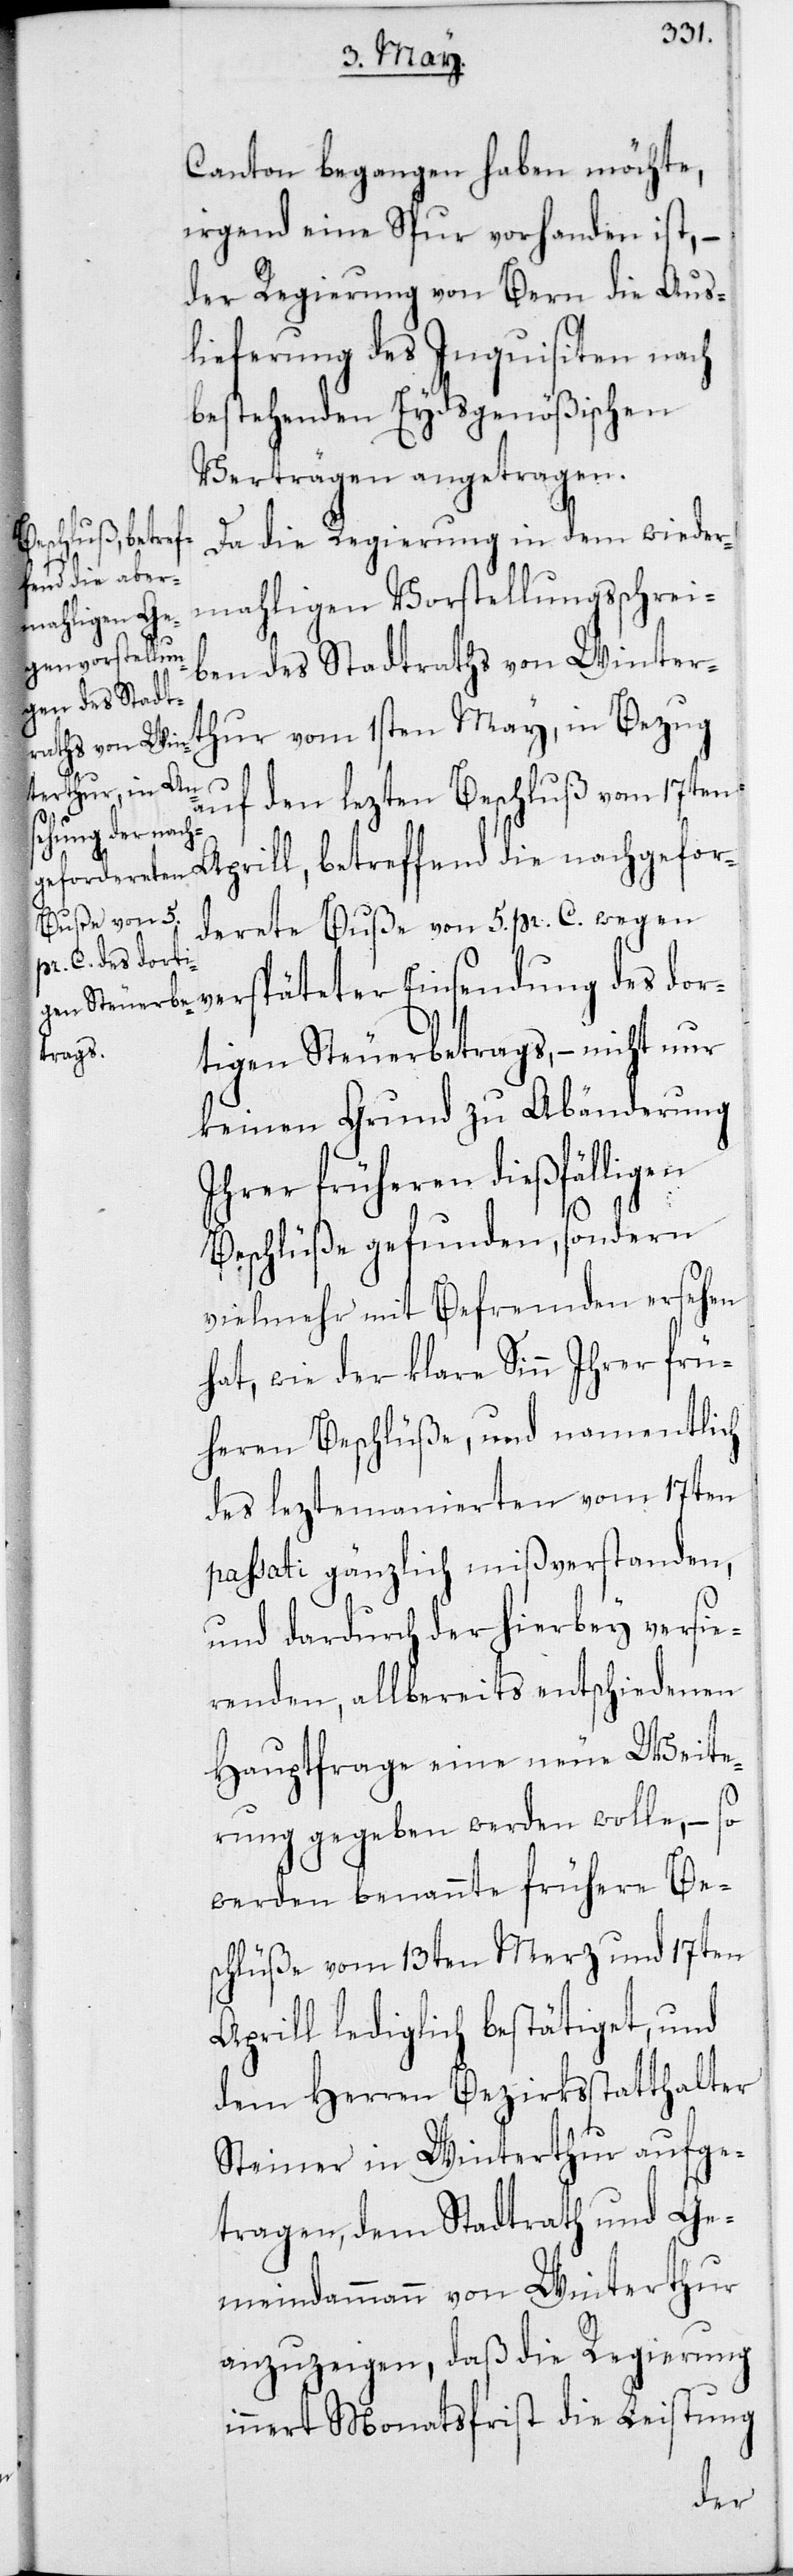
Canton begangen haben möchte,
irgend eine Spur vorhanden ist,
der Regierung von Bern die Aus¬
lieferung des Inquisiten nach
bestehenden Eydsgenößischen
Verträgen angetragen.
die nachgefor¬
Da die Regierung in dem wieder¬
mahligen Vorstellungsschrei¬
ben des Stadtraths von Winter¬
thur vom 1sten May, in Bezug
auf den lezten Beschluß vom 17ten
derete Buße von 5. pr. C. wegen
verspäteter Einsendung des dor¬
tigen Steuerbetrags, – nicht nur
keinen Grund zu Abänderung
ihrer früheren dießfälligen
Beschlüße gefunden, sondern
vielmehr mit Befremden ersehen
hat, wie der klare Sinn ihrer frü¬
heren Beschlüße, und namentlich
des lezt emanierten vom 17ten
passati gänzlich mißverstanden,
und dadurch der hierbey versie¬
renden, allbereits entschiedenen
Hauptfrage eine neue Weite¬
rung gegeben werden wolle, – so
werden benannte frühere Be¬
schlüße vom 13ten Merz und 17ten
Aprill lediglich bestätiget, und
dem Herren Bezirksstatthalter
Steiner in Winterthur aufge¬
tragen, dem Stadtrath und Ge¬
meindammann von Winterthur
anzuzeigen, daß die Regierung
innert Monatsfrist die Leistung